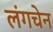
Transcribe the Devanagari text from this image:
लंगचेन